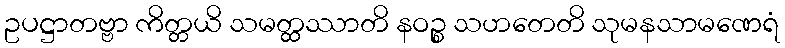
ဥပဋ္ဌာတဗ္ဗာ ကိတ္တယိ သမတ္ထဿာတိ နဝဉ္စ သဟတေတိ သုမနသာမဏေရံ